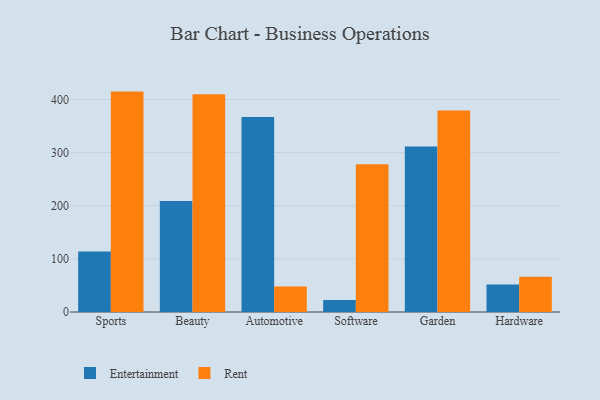
{"axis": {"x": "Category", "y": "Production Output"}, "legend": ["Entertainment", "Rent"], "data": [{"x": "Sports", "y": 113.8, "type": "Entertainment"}, {"x": "Sports", "y": 414.8, "type": "Rent"}, {"x": "Beauty", "y": 208.9, "type": "Entertainment"}, {"x": "Beauty", "y": 410.0, "type": "Rent"}, {"x": "Automotive", "y": 367.0, "type": "Entertainment"}, {"x": "Automotive", "y": 47.9, "type": "Rent"}, {"x": "Software", "y": 22.8, "type": "Entertainment"}, {"x": "Software", "y": 278.0, "type": "Rent"}, {"x": "Garden", "y": 311.6, "type": "Entertainment"}, {"x": "Garden", "y": 379.3, "type": "Rent"}, {"x": "Hardware", "y": 51.8, "type": "Entertainment"}, {"x": "Hardware", "y": 66.4, "type": "Rent"}]}